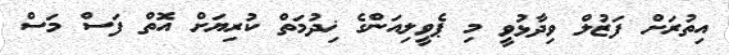
އިތުރަށް ފަޒުލް ވިދާޅުވީ މި ޕެވީލިއަންގެ ޚިދުމަތް ކުރިޔަށް އޮތް ފަސް މަސް